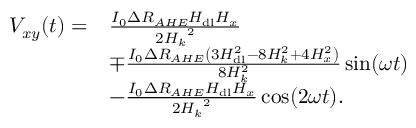
\begin{array} { r l } { V _ { x y } ( t ) = } & { \frac { I _ { 0 } \Delta R _ { A H E } H _ { \mathrm { d l } } H _ { x } } { 2 { H _ { k } } ^ { 2 } } } \\ & { \mp \frac { I _ { 0 } \Delta R _ { A H E } \left( 3 H _ { \mathrm { d l } } ^ { 2 } - 8 H _ { k } ^ { 2 } + 4 H _ { x } ^ { 2 } \right) } { 8 H _ { k } ^ { 2 } } \sin ( \omega t ) } \\ & { - \frac { I _ { 0 } \Delta R _ { A H E } H _ { \mathrm { d l } } H _ { x } } { 2 { H _ { k } } ^ { 2 } } \cos ( 2 \omega t ) . } \end{array}